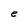
Character: e